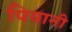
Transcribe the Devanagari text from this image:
पियानी